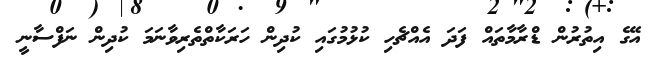
އޭގެ އިތުރުން ޑްރާމާތައް ފަދަ އެއްޗެހި ކުޅުމުގައި ކުދިން ހަރަކާތްތެރިވާނަމަ ކުދިން ނަފްސާނީ